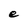
Character: e